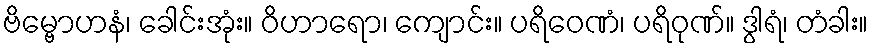
ဗိမ္ဗောဟနံ၊ ခေါင်းအုံး။ ဝိဟာရော၊ ကျောင်း။ ပရိဝေဏံ၊ ပရိဝုဏ်။ ဒွါရံ၊ တံခါး။